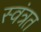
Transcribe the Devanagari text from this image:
स्वंत्रत